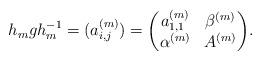
LaTeX: \begin{align*} h_m g h_m^{-1} = (a_{i,j}^{(m)}) = {\begin{pmatrix} a_{1, 1}^{(m)} & \beta^{(m)}\\\alpha^{(m)} & A^{(m)} \end{pmatrix}}.\end{align*}